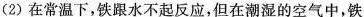
(2)在常温下，铁跟水不起反应，但在潮湿的空气中，铁